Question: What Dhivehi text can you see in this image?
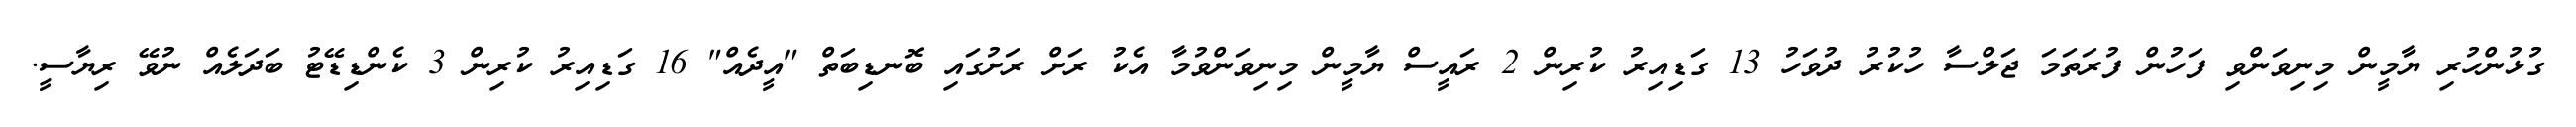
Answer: ގުޅުންހުރި ޔާމީން މިނިވަންވި ފަހުން ފުރަތަމަ ޖަލްސާ ހުކުރު ދުވަހު 13 ގަޑިއިރު ކުރިން 2 ރައީސް ޔާމީން މިނިވަންވުމާ އެކު ރަށް ރަށުގައި ބޮނޑިބަތް "އީދެއް" 16 ގަޑިއިރު ކުރިން 3 ކެންޑިޑޭޓު ބަދަލެއް ނުވޭ ރިޔާސީ.